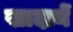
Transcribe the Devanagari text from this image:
खादानें